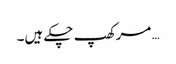
… مرکھپ چکے ہیں۔